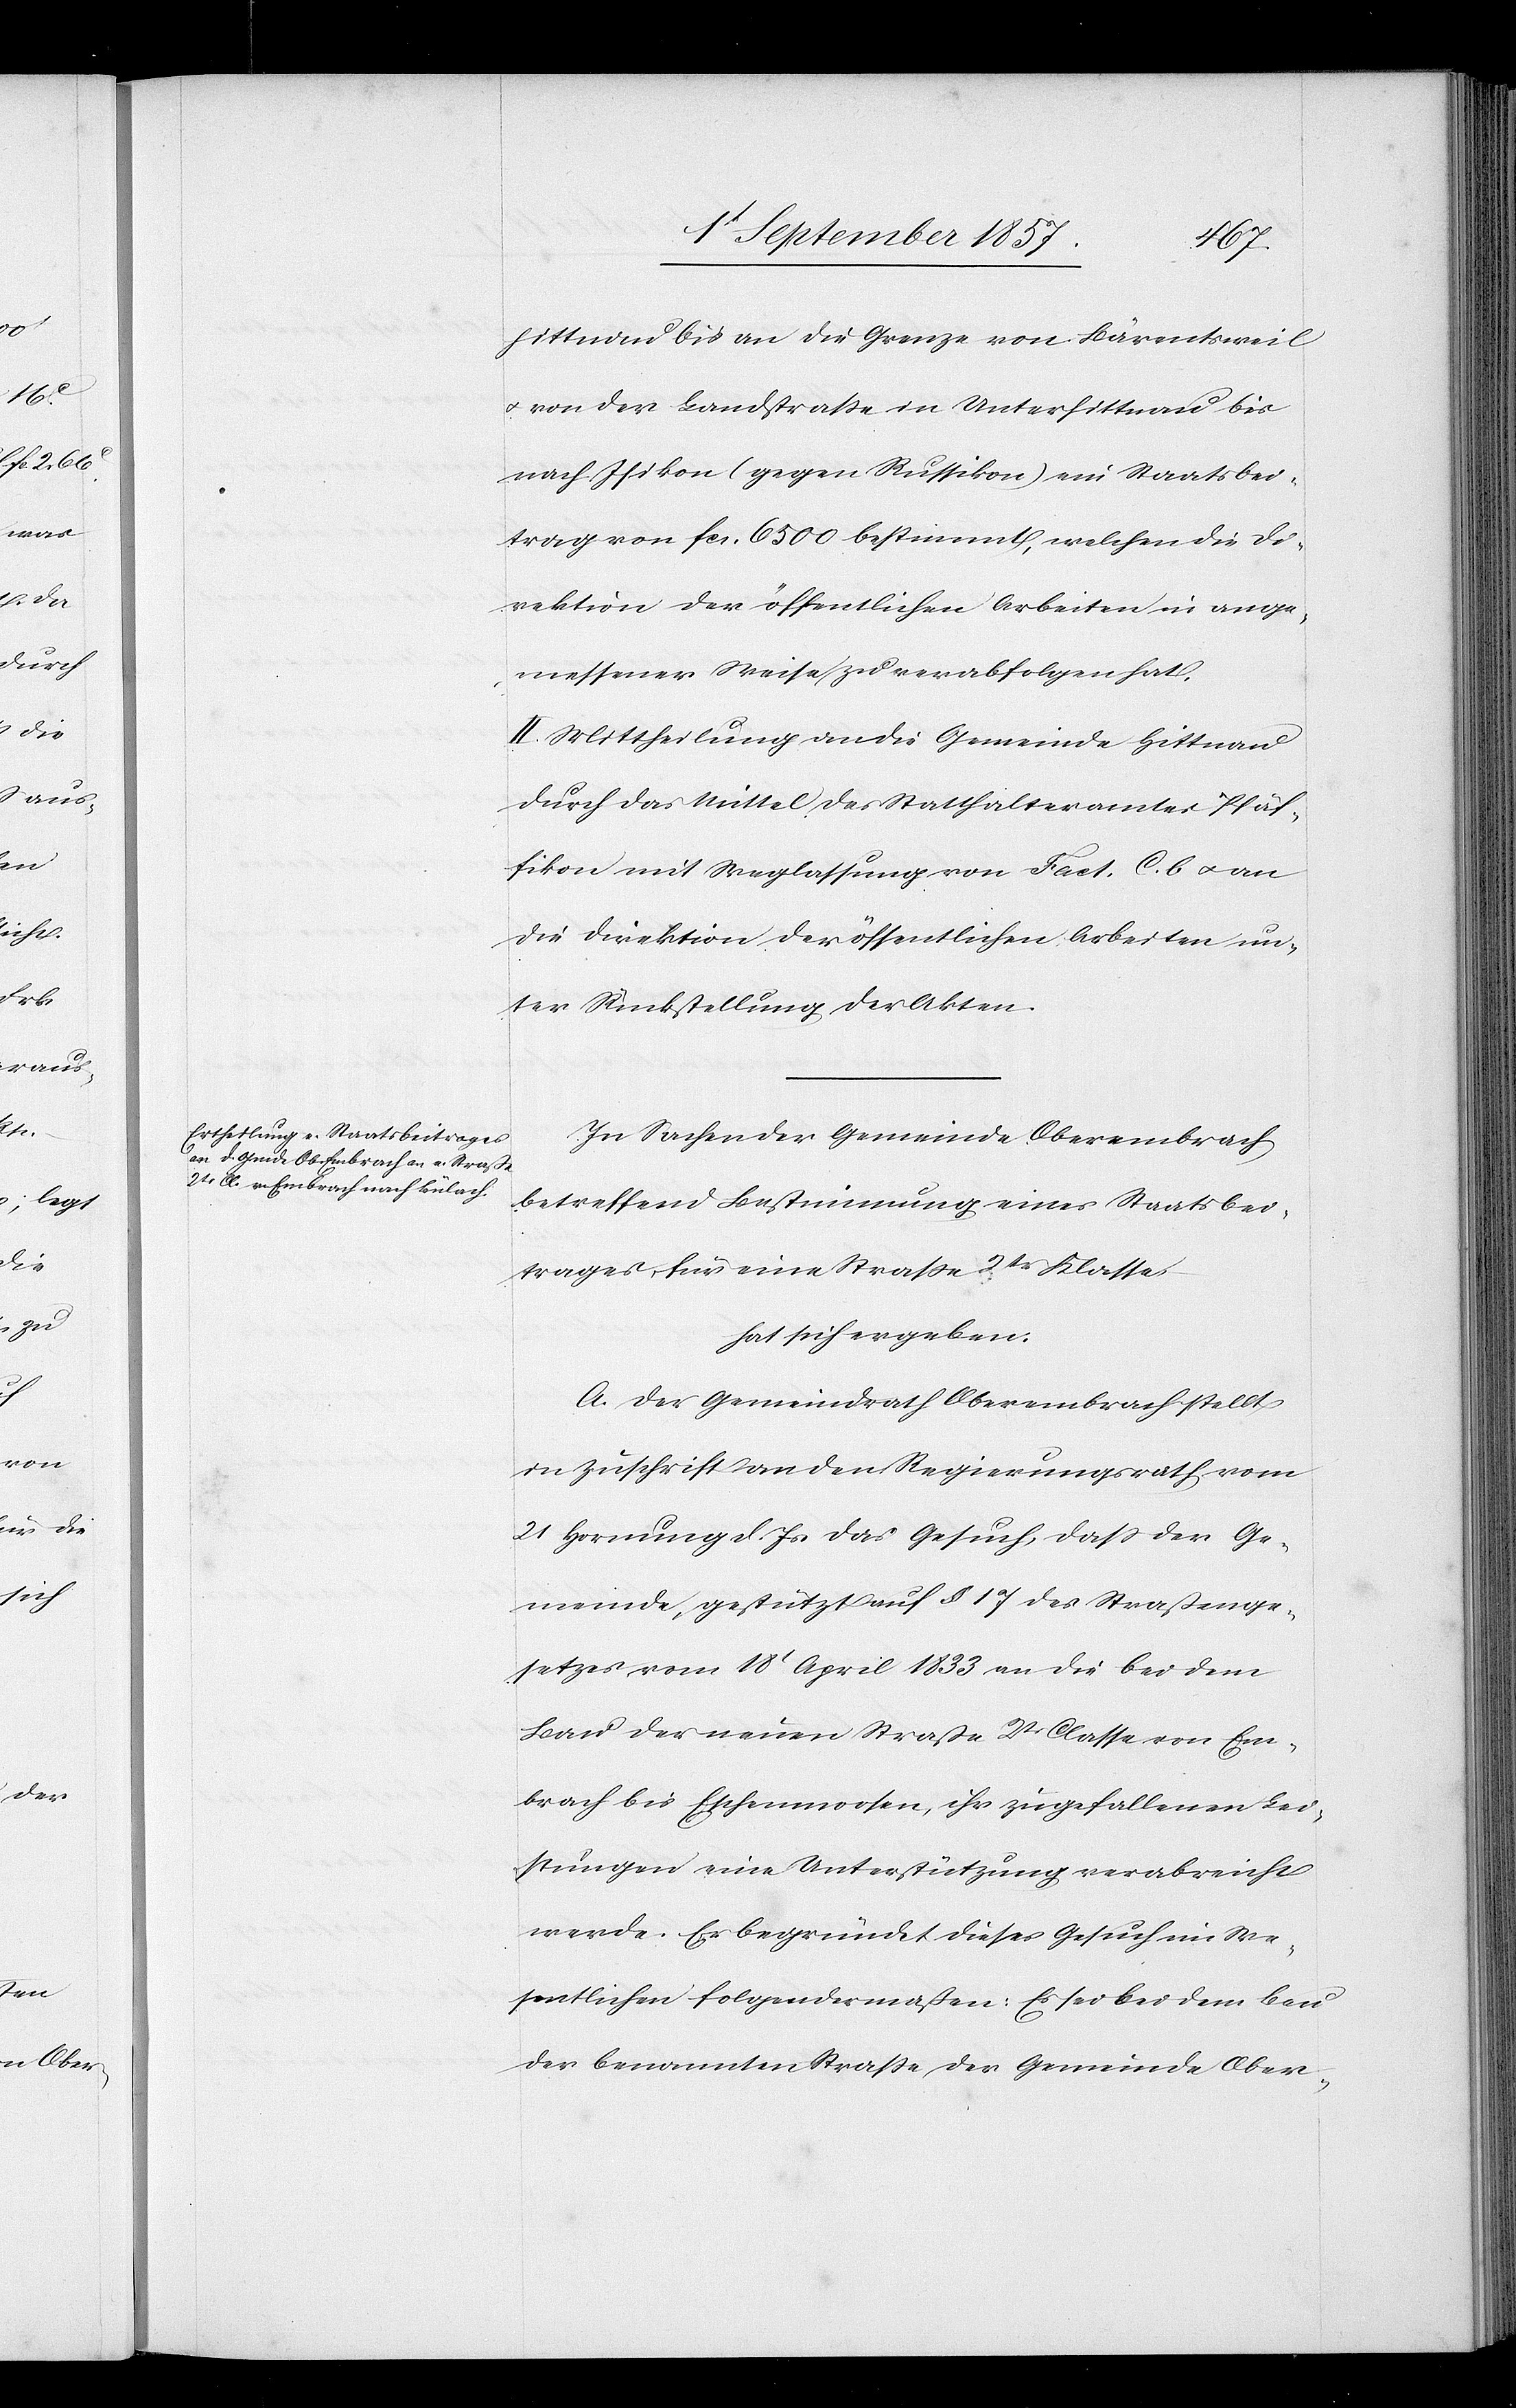
hittnau bis an die Grenze von Bärentsweil
& von der Landstraße in Unterhittnau bis
nach Isikon (gegen Russikon) ein Staatsbei¬
trag von fcs 6500 bestimmt, welchen die Di¬
rektion der öffentlichen Arbeiten in ange¬
messener Weise zu verabfolgen hat.
II. Mittheilung an die Gemeinde Hittnau
durch das Mittel des Statthalteramtes Pfäf¬
fikon mit Weglassungen von Fact. C. b. & an
die Direktion der öffentlichen Arbeiten un¬
ter Rückstellung der Akten.
In Sachen der Gemeinde Oberembrach,
betreffend Bestimmung eines Staatsbei¬
trages für eine Straße 2tr Klasse,
hat sich ergeben:
A. Der Gemeindrath Oberembrach stellt
in Zuschrift an den Regierungsrath vom
21 Hornung d. Js. das Gesuch, daß der Ge¬
meinde, gestützt auf § 17 des Straßenge¬
setzes vom 18t April 1833 an die bei dem
Bau der neuen Straße 2tr Classe von Em¬
brach bis Eichenmoosen, ihr zugefallenen Lei¬
stungen eine Unterstützung verabreicht
werde. Er begründet dieses Gesuch im We¬
sentlichen folgendermaßen: Es sei bei dem Bau
der benannten Straße der Gemeinde Ober-